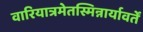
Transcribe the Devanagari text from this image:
वारियात्रमेतस्मिन्नार्यावर्तें